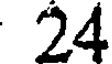
24